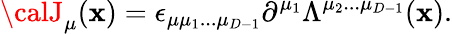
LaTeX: {\calJ}_{\mu}(\mathbf{x})=\epsilon_{\mu\mu_{1}...\mu_{D-1}}\partial^{\mu_{1}}\Lambda^{\mu_{2}...\mu_{D-1}}(\mathbf{x}).